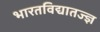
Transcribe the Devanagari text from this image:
भारतविद्यातज्ज्ञ